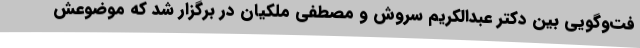
فت‌وگویی بین دکتر عبدالکریم سروش و مصطفی ملکیان در برگزار شد که موضوعش